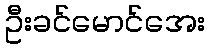
ဦးခင်မောင်အေး